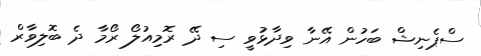
ސްޕެނިޝް ބަހުން އޭނާ ވިދާޅުވީ ސި ދޭ ރޮމިއުލޯ ރޯމާ ދެ ބޮލިވާރް